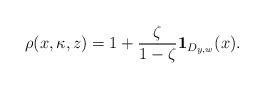
LaTeX: \begin{align*}\rho (x,\kappa ,z)=1+\frac {\zeta}{1-\zeta}{\bf 1}_{D_{y,w}}(x).\end{align*}